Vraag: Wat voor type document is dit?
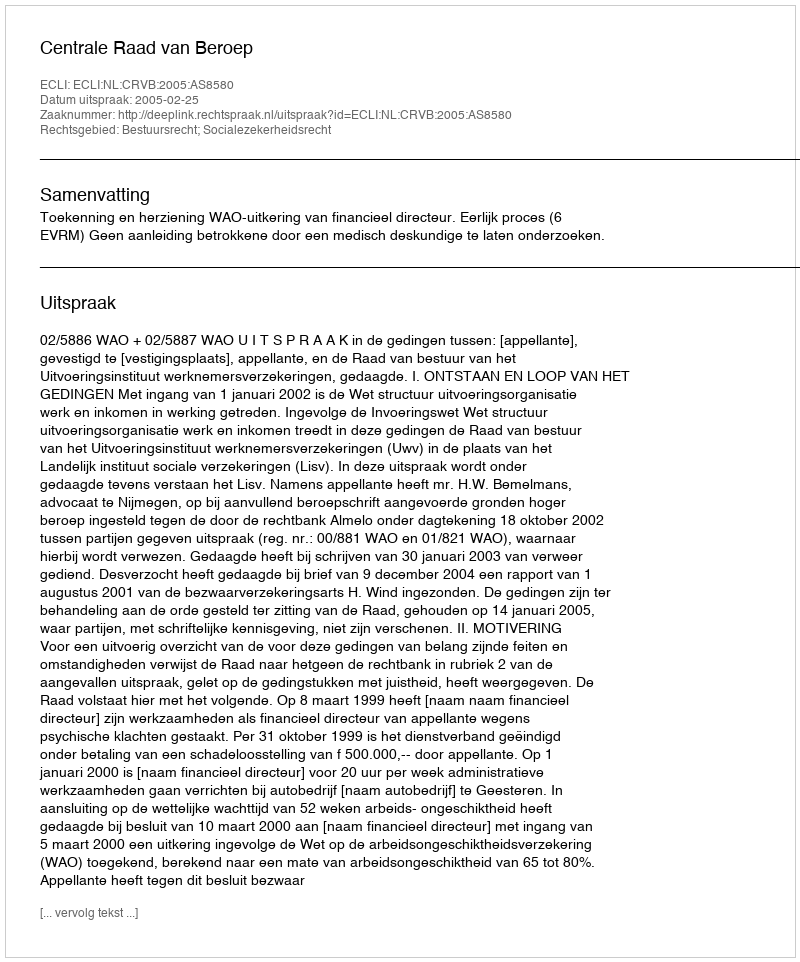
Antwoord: Uitspraak